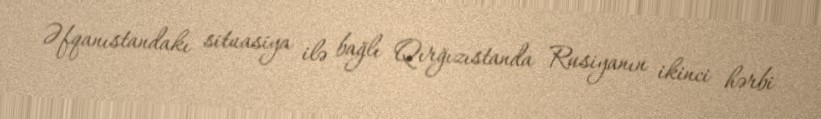
Əfqanıstandakı situasiya ilə bağlı Qırğızıstanda Rusiyanın ikinci hərbi